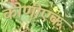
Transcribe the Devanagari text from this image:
कोणीएक